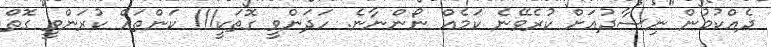
ދެއްކުމުން ނިސާދުއަށް ކުރެވޭނެ ކަމެއް ނޯންނާނެ. ހަދަންވީ ގޮތަކީ!!! ކަންތައް ކުރަންވީ ގޮތް